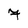
Character: 7